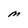
Character: M